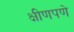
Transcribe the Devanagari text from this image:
क्षीणपणे